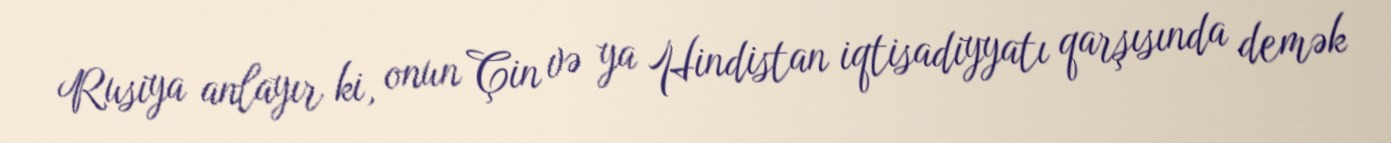
Rusiya anlayır ki, onun Çin və ya Hindistan iqtisadiyyatı qarşısında demək